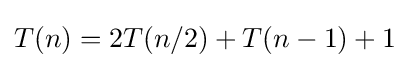
T(n)=2T(n/2)+T(n-1)+1